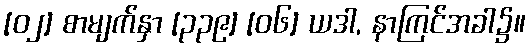
[၀၂] စာမျက်နှာ [၃၃၉] [၀၆] ယဒါ, နာကြင်အခါ၌။